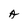
Character: A